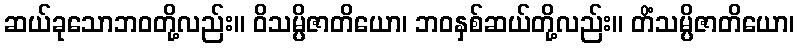
ဆယ်ခုသောဘဝတို့လည်း။ ဝိသမ္ပိဇာတိယော၊ ဘဝနှစ်ဆယ်တို့လည်း။ တိံသမ္ပိဇာတိယော၊